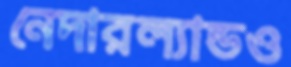
নেদারল্যান্ডও